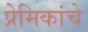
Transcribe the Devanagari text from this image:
प्रेमिकांचे